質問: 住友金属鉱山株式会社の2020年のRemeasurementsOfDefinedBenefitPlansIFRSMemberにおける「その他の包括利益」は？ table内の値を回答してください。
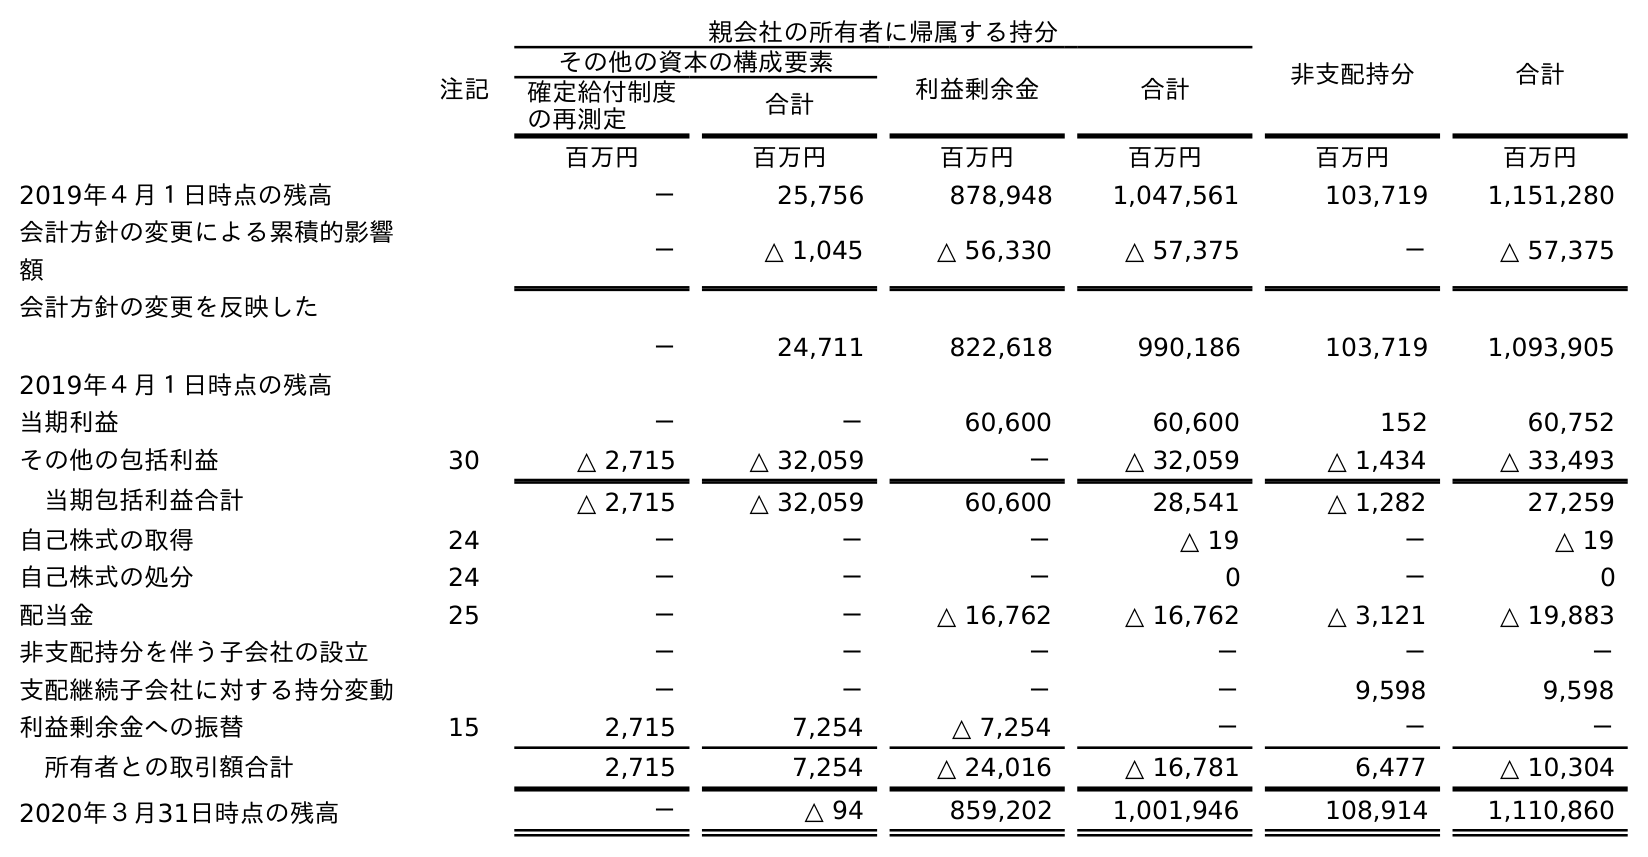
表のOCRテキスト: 親会社の所有者に帰属する持分 非支配持分 合計 注記 その他の資本の構成要素 利益剰余金 合計 確定給付制度 の再測定 合計 百万円 百万円 百万円 百万円 百万円 百万円 2019年４月１日時点の残高 － 25,756 878,948 1,047,561 103,719 1,151,280 会計方針の変更による累積的影響 額 － △ 1,045 △ 56,330 △ 57,375 － △ 57,375 会計方針の変更を反映した 2019年４月１日時点の残高 － 24,711 822,618 990,186 103,719 1,093,905 当期利益 － － 60,600 60,600 152 60,752 その他の包括利益 30 △ 2,715 △ 32,059 － △ 32,059 △ 1,434 △ 33,493 当期包括利益合計 △ 2,715 △ 32,059 60,600 28,541 △ 1,282 27,259 自己株式の取得 24 － － － △ 19 － △ 19 自己株式の処分 24 － － － 0 － 0 配当金 25 － － △ 16,762 △ 16,762 △ 3,121 △ 19,883 非支配持分を伴う子会社の設立 － － － － － － 支配継続子会社に対する持分変動 － － － － 9,598 9,598 利益剰余金への振替 15 2,715 7,254 △ 7,254 － － － 所有者との取引額合計 2,715 7,254 △ 24,016 △ 16,781 6,477 △ 10,304 2020年３月31日時点の残高 － △ 94 859,202 1,001,946 108,914 1,110,860
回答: △2,715